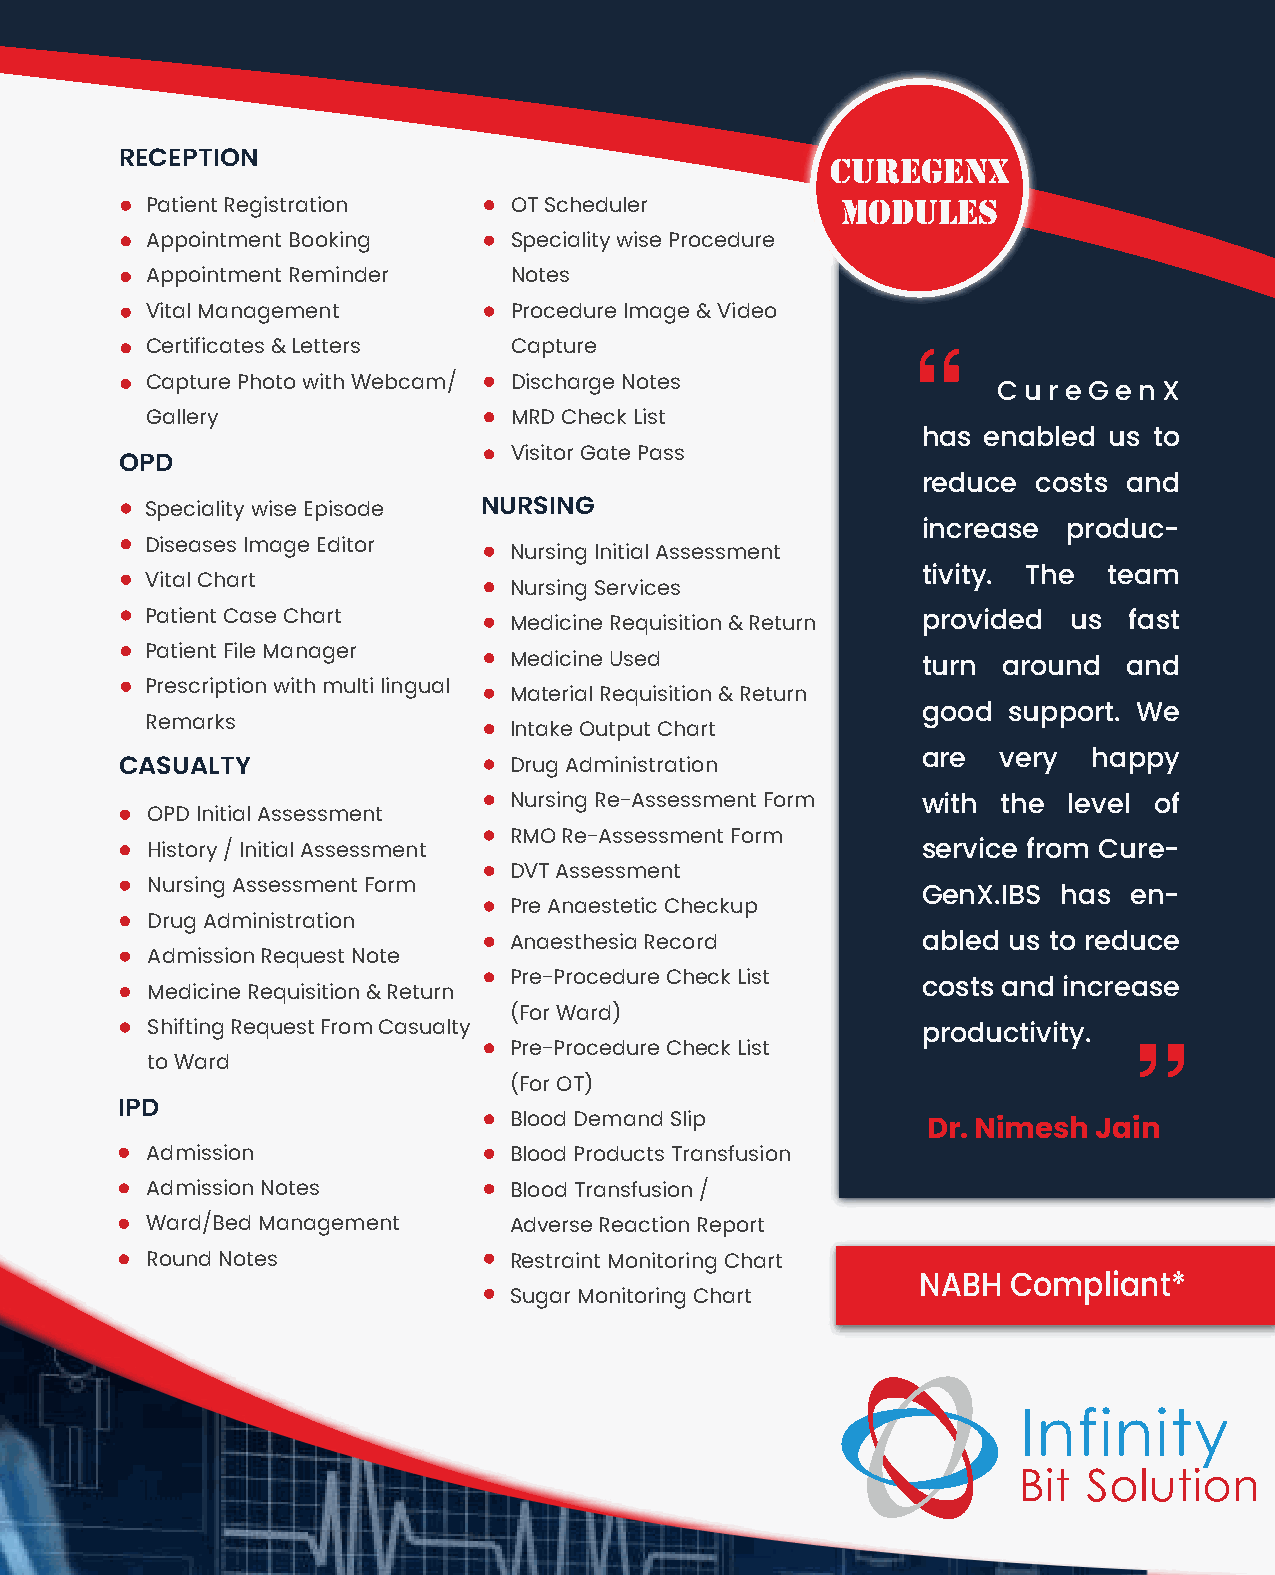
RECEPTION                                      curegenx
 Patient Registration    OT Scheduler          modules
 Appointment Booking     Speciality wise Procedure
 Appointment Reminder    Notes
 Vital Management        Procedure Image & Video
 Certificates & Letters  Capture
 Capture Photo with Webcam/ Discharge Notes
 C u r e G e n X
 Gallery                 MRD Check List
 has enabled us to
 Visitor Gate Pass
 OPD
 reduce  costs and
 Speciality wise Episode NURSING
 increase  produc-
 Diseases Image Editor
 Nursing Initial Assessment
 Vital Chart                                        tivity. The team
 Nursing Services
 Patient Case Chart      Medicine Requisition & Return provided us fast
 Patient File Manager
 Medicine Used
 turn around   and
 Prescription with multi lingual
 Material Requisition & Return
 good  support. We
 Remarks
 Intake Output Chart
 are  very  happy
 CASUALTY                  Drug Administration
 Nursing Re-Assessment Form with the  level of
 OPD Initial Assessment
 RMO Re-Assessment Form
 History / Initial Assessment                       service from Cure-
 DVT Assessment
 Nursing Assessment Form
 GenX.IBS has  en-
 Pre Anaestetic Checkup
 Drug Administration
 Anaesthesia Record         abled us to reduce
 Admission Request Note
 Pre-Procedure Check List
 Medicine Requisition & Return                      costs and increase
 (For Ward)
 Shifting Request From Casualty                     productivity.
 Pre-Procedure Check List
 to Ward
 (For OT)
 IPD
 Blood Demand Slip
 Dr. Nimesh  Jain
 Admission               Blood Products Transfusion
 Admission Notes         Blood Transfusion /
 Ward/Bed Management     Adverse Reaction Report
 Round Notes             Restraint Monitoring Chart
 NABH  Compliant*
 Sugar Monitoring Chart